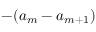
- ( a _ { m } - a _ { m + 1 } )